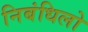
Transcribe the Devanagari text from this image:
निबंधिलो